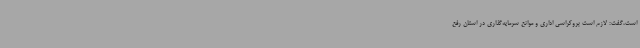
است،گفت: لازم است بروکراسی اداری و موانع سرمایه‌گذاری در استان رفع